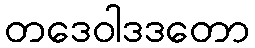
တဒေဝါဒဒတော